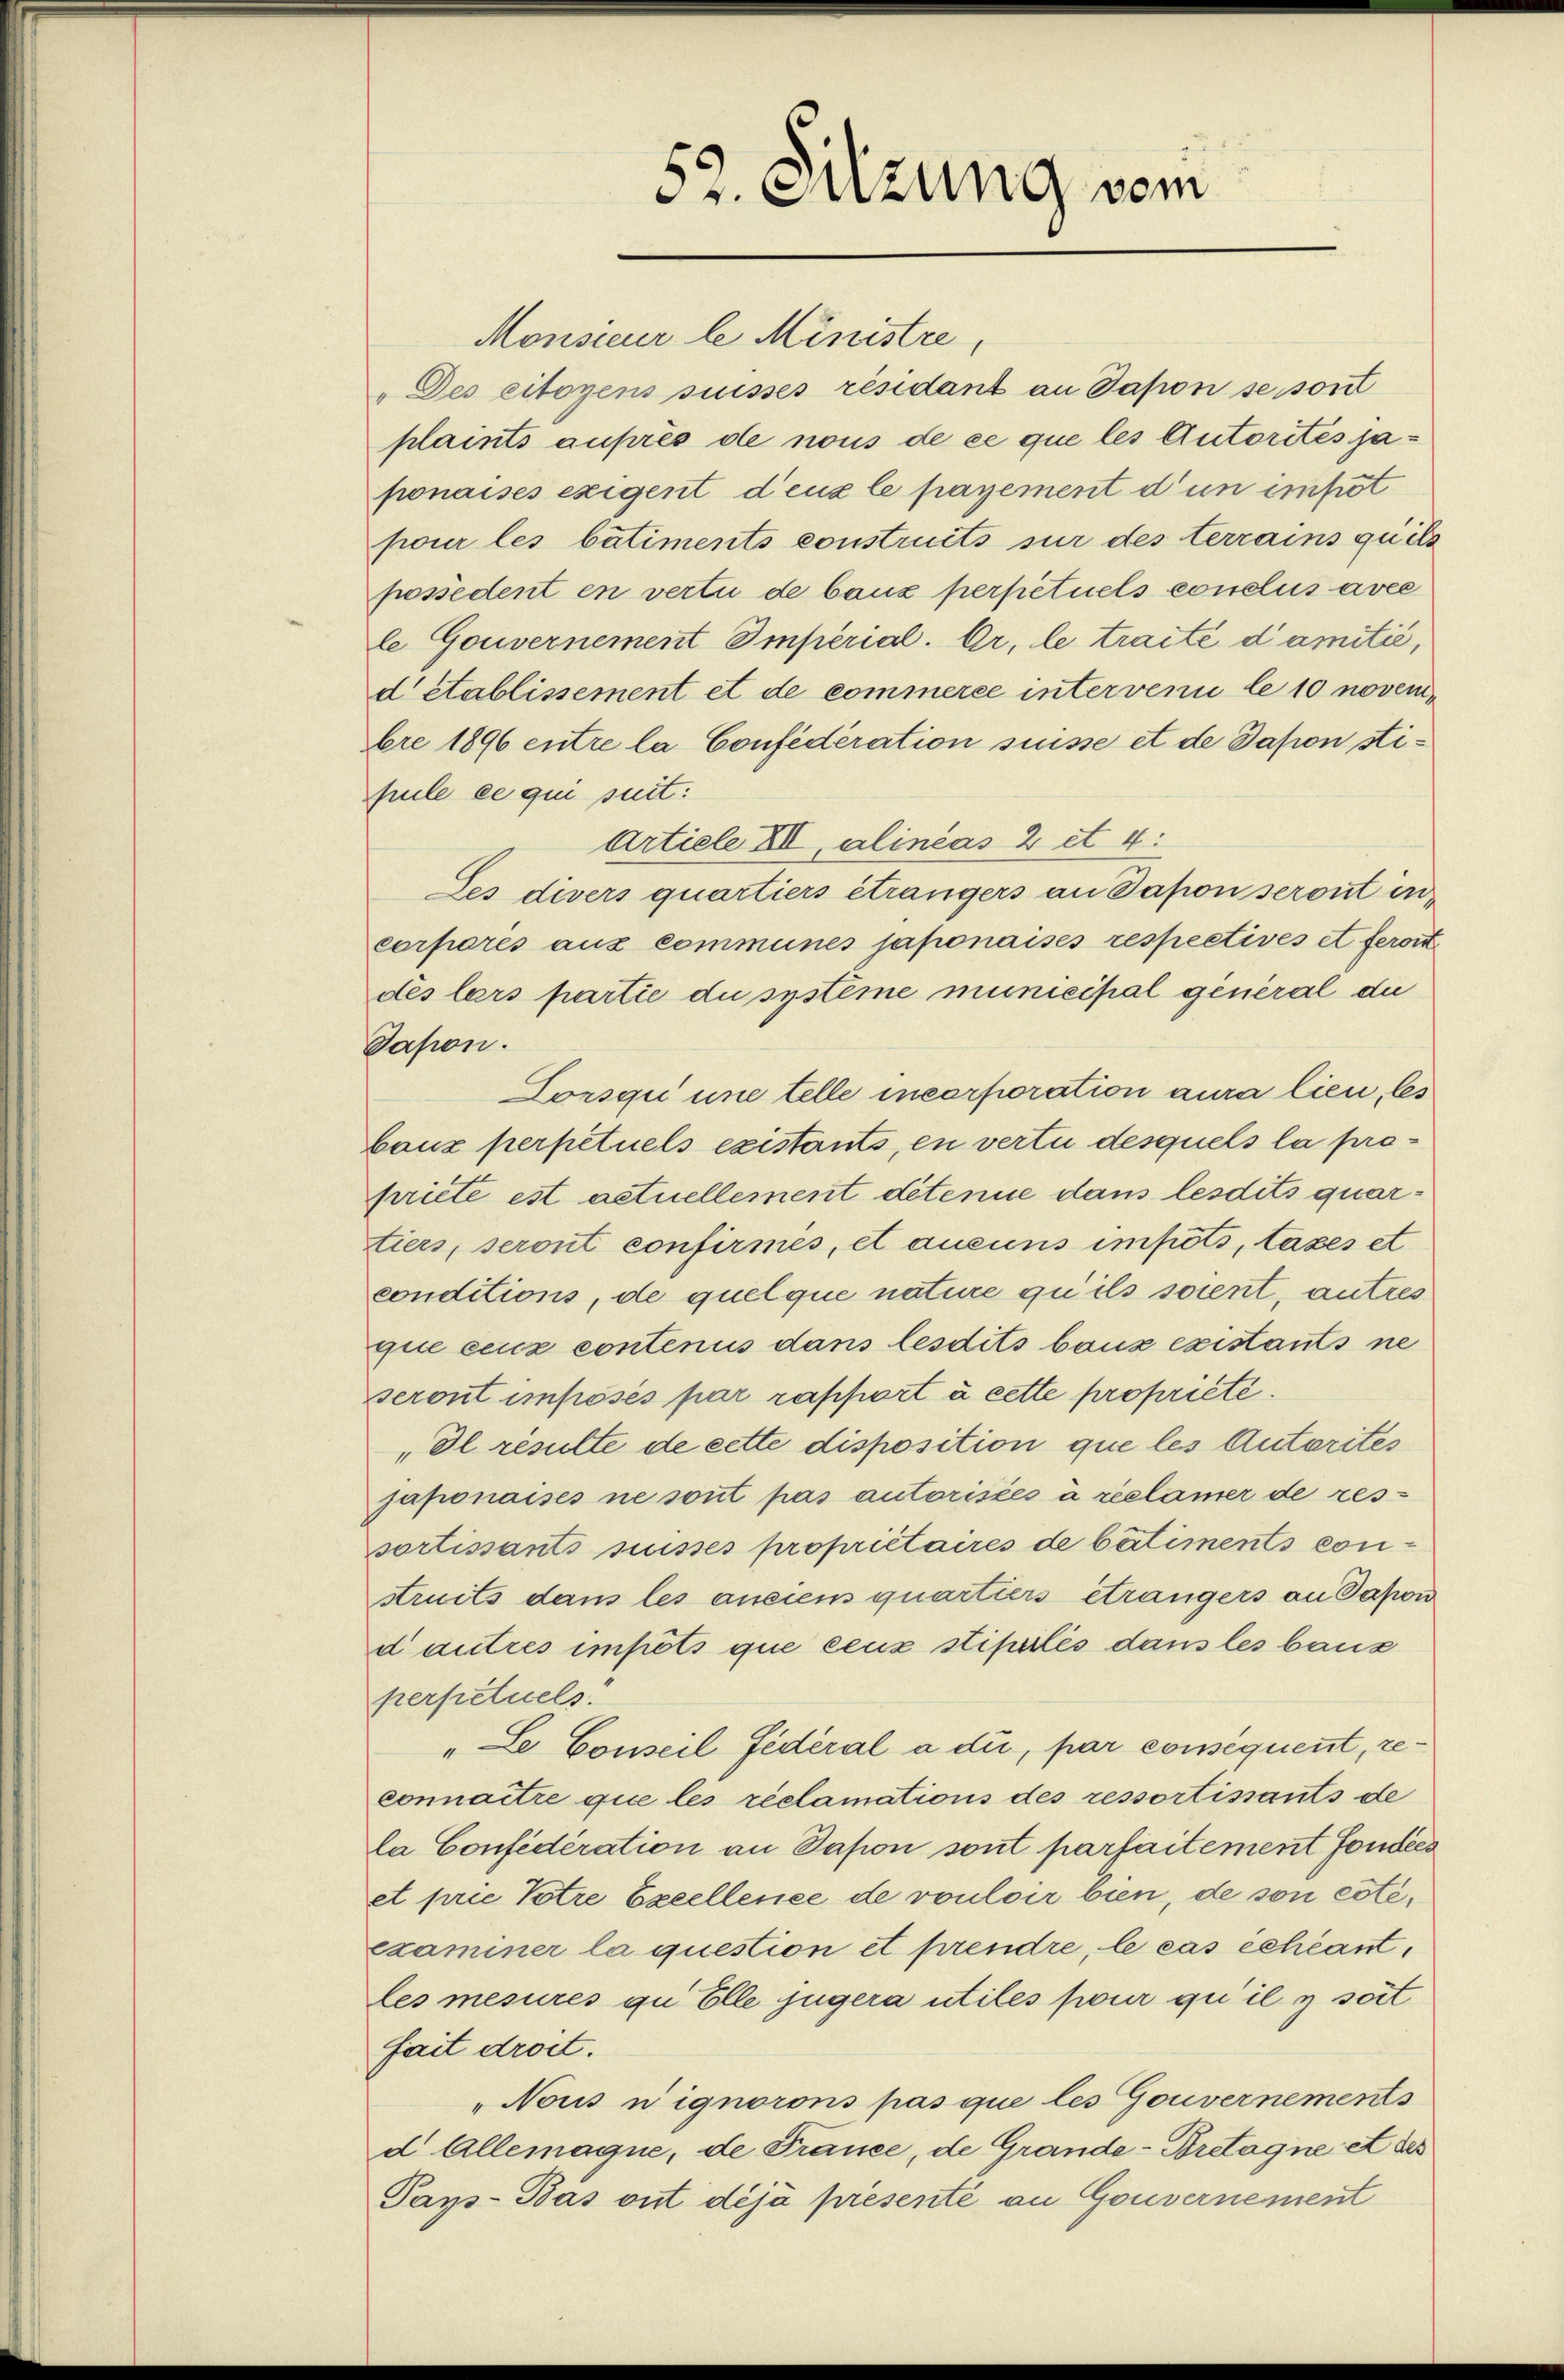
52. Sitzung vom

Monsieur le Ministre,
"Des citoyens suisses résidant an Japon se sont
plaints auprès de nous de ce que les Autorites japonaises exigent d’eux le payement d’un erfot
pour les bâtiments construits sur des terrains quels
possedent en vertu de baux perpétuels conclus avec
le Gouvernement Imperial-Or, le traité damitić,
d établissement et de commerce intervenii le 10 novembre 1896 entre la Confederation suisse et de Dapon stipule ce qui suit:
Artiele XI alineas 2 et 4:
Les divers quartiers étrangers an Sapon seront in
corporis aus communes japonaises respectives et feron
dés lars partie du systeme municipal general du
Dapon.
Lorsqu une telle incorporation aura lieu, les
bauz perpétuels existants, en vertu desquels la propriete est actuellement détenue dans lesdits quartiers, seront confirmés, et aucuns impots, taxes et
conditions, de quelque nature qu’ils soient, autres
que ceux contenus dans lesdits baux existants ne
seront imposés par rapport à cette propriété.
„Il resulte de cette disposition que les Autorites
japonaises ne sont pas autorisées à réclamer de ressortissants suisses propriétaires de bâtiments con-
struits dans les ansiem quartiers étrangers an Sapon
dautres impots que ceux stipulés dans les baus
perfietuels.
"Le Conseil fédéral a du, par consequent, reconnaitre que les réclamations des ressortissants de
la Confédération an Safon sont parfaitement Fondees
et prie Totre Excellence de vouloir bien, de son cotéexaminer la question et prendre, le cas échéant,
les mesures qu Elle jugera utiles pour qu’il y soit
fait droit.
„Nous nignorons pas que les Gouvernements
d Allemaque, de France, de Grande-Bretagne et des
Pays-Bas ont déjà presenté an Gouvernement